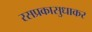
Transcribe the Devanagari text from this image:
रसप्रकासुधाकर